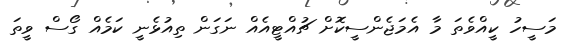
މަސީހު ކީއްވެތަ މާ އެމަޖެންސީކޮށް ޗުއްޓީއެއް ނަގަން ތިއުޅެނީ ކަމެއް ގޯސް ވީތަ